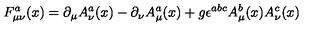
F _ { \mu \nu } ^ { a } ( x ) = \partial _ { \mu } A _ { \nu } ^ { a } ( x ) - \partial _ { \nu } A _ { \mu } ^ { a } ( x ) + g \epsilon ^ { a b c } A _ { \mu } ^ { b } ( x ) A _ { \nu } ^ { c } ( x )